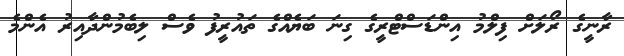
ރާނީގެ ރޯލަށް ފިލްމު އިންޑަސްޓްރީގެ ގިނަ ބަޔެއްގެ ތައުރީފު ވެސް ލިބެމުންދާއިރު އެންމެ